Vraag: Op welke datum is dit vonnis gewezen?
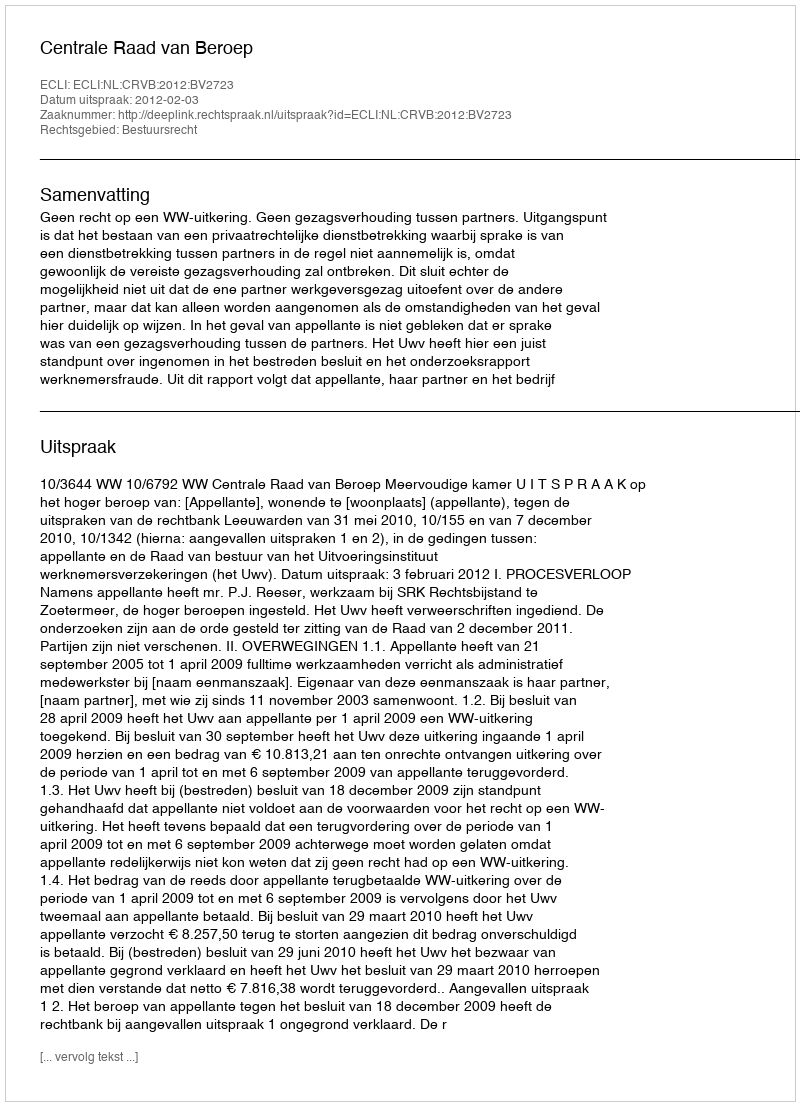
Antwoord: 2012-02-03